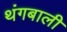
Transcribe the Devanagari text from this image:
थंगबाली